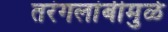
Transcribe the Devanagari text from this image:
तरंगलांबीमुळे